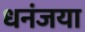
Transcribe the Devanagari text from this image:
धनंजया